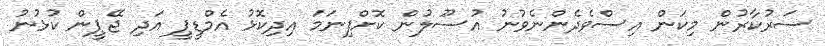
ސަރުކާރުން މިކަން އިސްވެދެންނެވުނު އުސޫލުން ކޮށްފިނަމަ އިދިކޮޅު އެމްޑީޕީ އަދި ޖޭޕީން ކުޅުނު